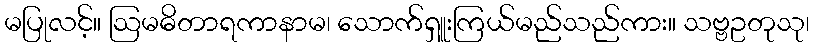
မပြုလင့်။ ဩမဓိတာရကာနာမ၊ သောက်ရှူးကြယ်မည်သည်ကား။ သဗ္ဗဥတုသု၊